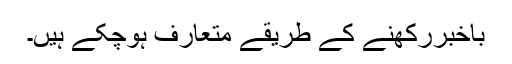
باخبررکھنے کے طریقے متعارف ہوچکے ہیں۔